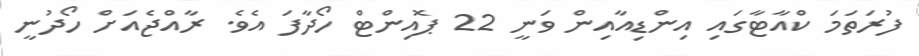
ފުރަތަމަ ކްއާޓާގައި އިންޑިއާއިން ވަނީ 22 ޕޮއިންޓް ހޯދާފަ އެވެ. ރާއްޖެއަށް ހޯދުނީ